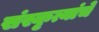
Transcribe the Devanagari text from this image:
संस्कृत्यांचे